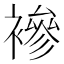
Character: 襂